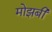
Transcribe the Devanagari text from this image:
मोझबी